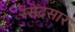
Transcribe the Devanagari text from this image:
रसेंद्रसार